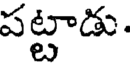
పట్టాడు .